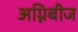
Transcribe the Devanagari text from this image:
अग्निबीज